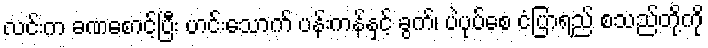
လင်းက ခဏစောင့်ပြီး ဟင်းသောက် ပန်းကန်နှင့် ခွက်၊ ပဲပုပ်စေ ငံပြာရည် စသည်တို့ကို